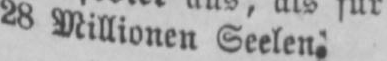
28 Millionen Seelen.